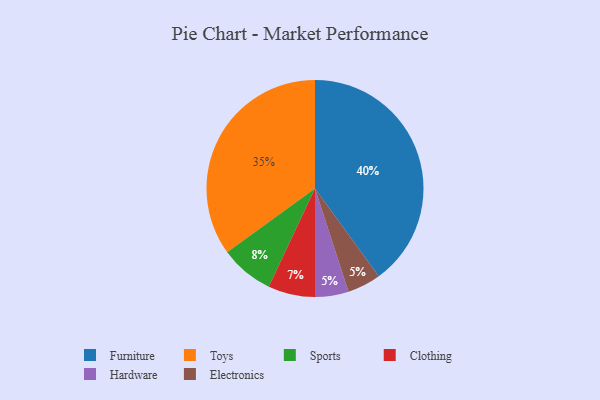
{"axis": {"x": "Category", "y": "Percentage"}, "legend": ["Clothing", "Electronics", "Furniture", "Hardware", "Sports", "Toys"], "data": [{"x": "Hardware", "y": 5, "type": "Hardware"}, {"x": "Furniture", "y": 40, "type": "Furniture"}, {"x": "Electronics", "y": 5, "type": "Electronics"}, {"x": "Sports", "y": 8, "type": "Sports"}, {"x": "Toys", "y": 35, "type": "Toys"}, {"x": "Clothing", "y": 7, "type": "Clothing"}]}